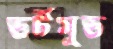
ডর্টমুড